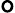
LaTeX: \mathtt{o}